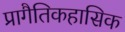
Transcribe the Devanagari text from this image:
प्रागैतिकहासिक